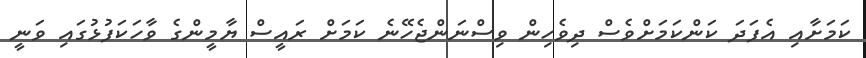
ކަމަށާއި އެފަދަ ކަންކަމަށްވެސް ދިވެހިން ވިސްނަންޖެހޭނެ ކަމަށް ރައީސް ޔާމީންގެ ވާހަކަފުޅުގައި ވަނީ